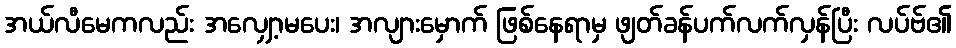
အယ်လီမေကလည်း အလျှော့မပေး၊ အလျားမှောက် ဖြစ်နေရာမှ ဖျတ်ခန်ပက်လက်လှန်ပြီး လပ်ဗ်၏